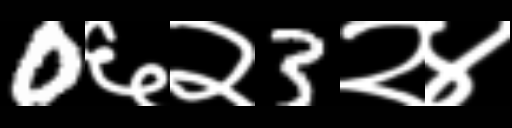
Text: 0६२3२४